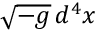
{ \sqrt { - g } } \, d ^ { 4 } x